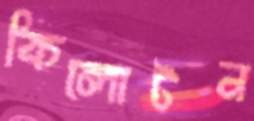
কিলোটন